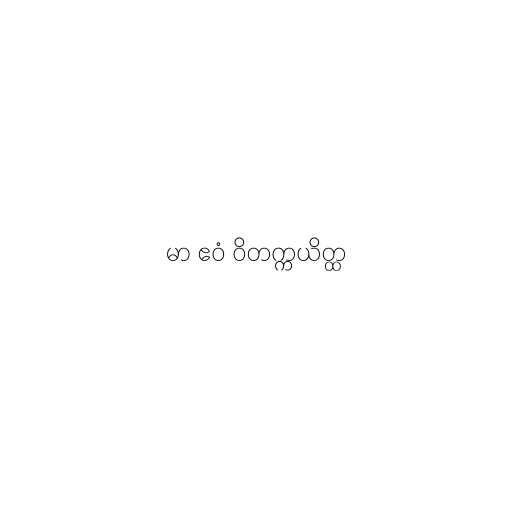
မာ ဧဝံ ဝိတက္ကယိတ္ထ